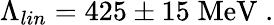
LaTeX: \Lambda_{lin}=425\pm 15\; \mathrm{MeV}\; .